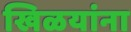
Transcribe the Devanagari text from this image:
खिळयांना